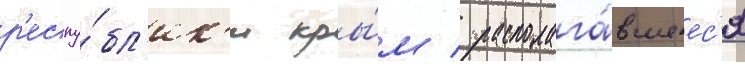
р'еспу́бл'ик'и кры́м / располага́вшеес'я